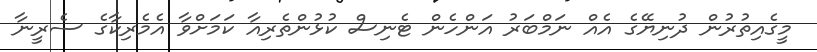
މީގެއިތުރުން ދުނިޔޭގެ އެއް ނަމްބަރު އަންހެން ޓެނިސް ކުޅުންތެރިއާ ކަމަށްވާ އެމެރިކާގެ ސެރީނާ